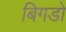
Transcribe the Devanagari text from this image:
बिगडो